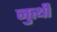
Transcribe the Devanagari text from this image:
जुत्थी